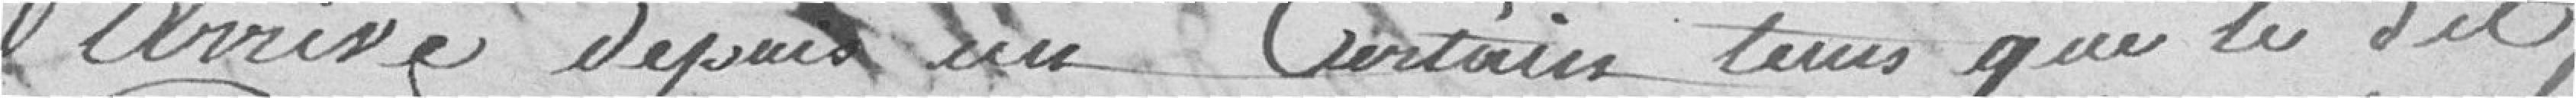
arrivé depuis un Certain tems que le dit